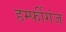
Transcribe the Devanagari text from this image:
हर्म्फीगंज